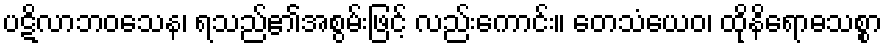
ပဋိလာဘဝသေန၊ ရသည်၏အစွမ်းဖြင့် လည်းကောင်း။ တေသံယေဝ၊ ထိုနိရောဓသစ္စာ